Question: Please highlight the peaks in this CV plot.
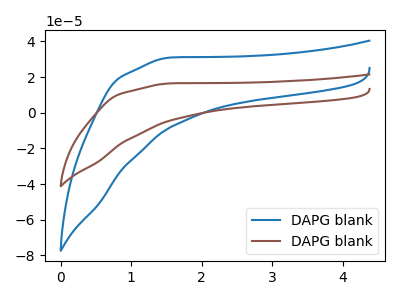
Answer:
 <answer>The blue curve "DAPG blank1" has no peaks. The brown curve "DAPG blank2" has no peaks.</answer>
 <eval></eval>